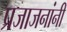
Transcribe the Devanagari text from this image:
प्रजाजनांनी